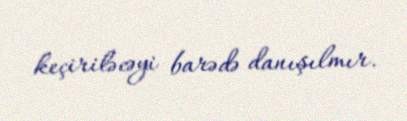
keçiriləcəyi barədə danışılmır.